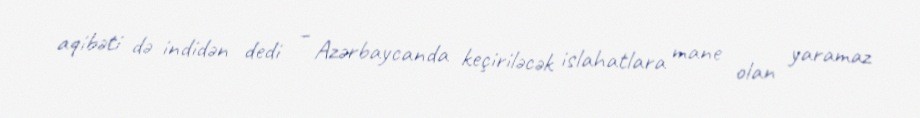
aqibəti də indidən dedi – Azərbaycanda keçiriləcək islahatlara mane olan yaramaz